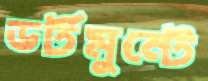
ডর্টমুন্টে